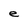
Character: e